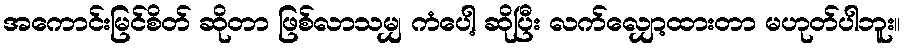
အကောင်းမြင်စိတ် ဆိုတာ ဖြစ်လာသမျှ ကံပေါ့ ဆိုပြီး လက်လျှော့ထားတာ မဟုတ်ပါဘူး။